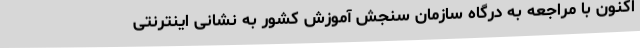
اکنون با مراجعه به درگاه سازمان سنجش آموزش کشور به نشانی اینترنتی